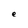
Character: e